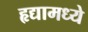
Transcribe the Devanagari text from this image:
हृद्यामध्ये